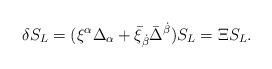
LaTeX: \begin{align*}\delta S_{L} = (\xi^{\alpha} \Delta_{\alpha} + \bar{\xi}_{\dot{\beta}} \bar{\Delta}^{\dot{\beta}}) S_{L} = \Xi S_{L} . \end{align*}